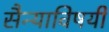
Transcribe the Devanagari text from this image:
सैन्याविषयी